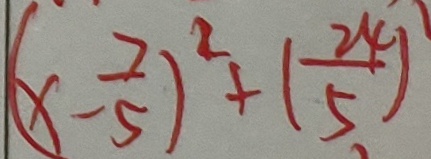
( x - \frac { 7 } { 5 } ) ^ { 2 } + ( \frac { 2 4 } { 5 } )